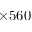
\times 5 6 0